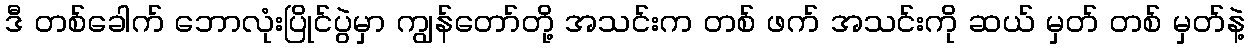
ဒီ တစ်ခေါက် ဘောလုံးပြိုင်ပွဲမှာ ကျွန်တော်တို့ အသင်းက တစ် ဖက် အသင်းကို ဆယ် မှတ် တစ် မှတ်နဲ့